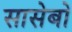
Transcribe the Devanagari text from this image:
सासेबो